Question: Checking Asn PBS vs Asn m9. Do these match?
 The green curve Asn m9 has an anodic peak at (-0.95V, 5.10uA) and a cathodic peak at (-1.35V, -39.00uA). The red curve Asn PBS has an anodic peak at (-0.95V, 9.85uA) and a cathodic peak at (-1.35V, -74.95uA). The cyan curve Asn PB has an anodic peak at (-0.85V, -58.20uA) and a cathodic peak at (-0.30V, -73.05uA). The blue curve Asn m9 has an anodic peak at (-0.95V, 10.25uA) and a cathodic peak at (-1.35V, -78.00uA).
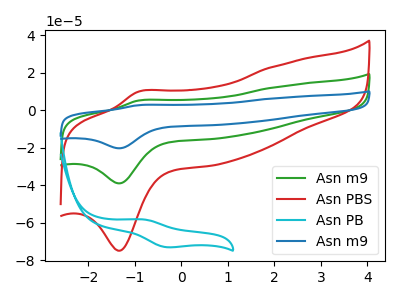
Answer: <think>All the peaks in "Asn PBS" have a peak in "Asn m9" at the same potential. Every peak in "Asn PBS" is higher than every peak in "Asn m9".
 </think>
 <answer>"Asn PBS" and "Asn m9" are similar in shape.</answer>
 <eval>same_shape</eval>